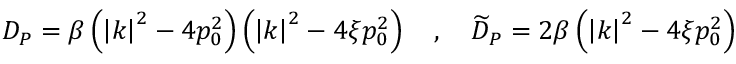
D _ { P } = \beta \left( \left| k \right| ^ { 2 } - 4 p _ { 0 } ^ { 2 } \right) \left( \left| k \right| ^ { 2 } - 4 \xi p _ { 0 } ^ { 2 } \right) \quad , \quad \widetilde { D } _ { P } = 2 \beta \left( \left| k \right| ^ { 2 } - 4 \xi p _ { 0 } ^ { 2 } \right)